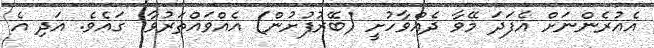
އެއުރެންނަށް އެފަދަ މޭވާ ދެއްވާހުށީ (ބޭރުފުށުން) އެއްވައްތަރުވާ  ގައެވެ. އަދި އެ